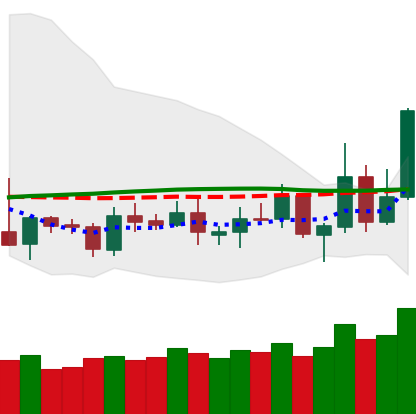
Ticker: TRX-USD
Chart end date: 2019-05-14
Forward return: 6.381%
Label: up_5_7